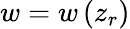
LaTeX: w=w\left(z_{r}\right)